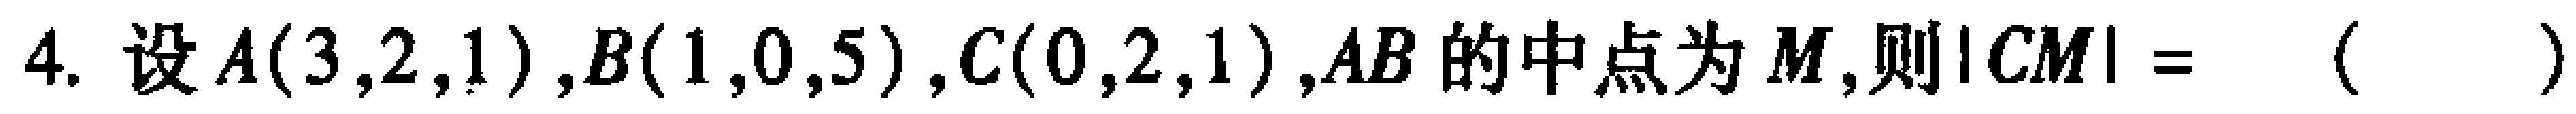
4. 设$A(3,2,1),B(1,0,5),C(0,2,1),AB$的中点为$M$,则$|CM|=$（  ）